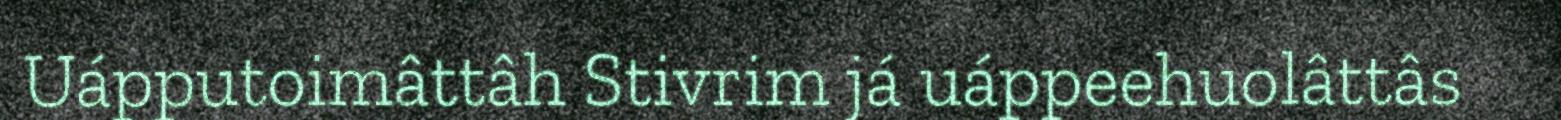
Uápputoimâttâh Stivrim já uáppeehuolâttâs